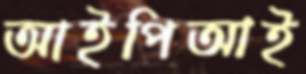
আইপিআই